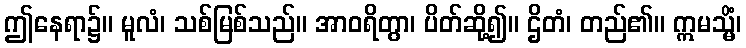
ဤနေရာ၌။ မူလံ၊ သစ်မြစ်သည်။ အာဝရိတွာ၊ ပိတ်ဆို့၍။ ဌိတံ၊ တည်၏။ ဣမသ္မိံ၊